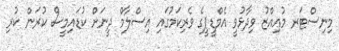
މިނިސްޓަރ މުއިއްޒު ވިދާޅުވީ އެމްޑީޕީގެ ވެރިކަމުގައި އިސްލާމް ދީނަށް ކުޑައިމީސް ކުރަން ކުރި